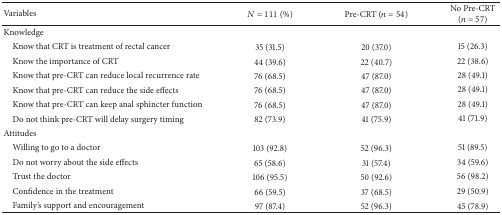
<table><thead><tr><td><b>Variables</b></td><td><b><i>N</i> = 111 (%)</b></td><td><b> Pre-CRT (<i>n</i> = 54)</b></td><td><b>No Pre-CRT (<i>n</i> = 57)</b></td></tr></thead><tbody><tr><td>Knowledge</td><td> </td><td> </td><td> </td></tr><tr><td> Know that CRT is treatment of rectal cancer</td><td>35 (31.5)</td><td>20 (37.0)</td><td>15 (26.3)</td></tr><tr><td> Know the importance of CRT</td><td>44 (39.6)</td><td>22 (40.7)</td><td>22 (38.6)</td></tr><tr><td> Know that pre-CRT can reduce local recurrence rate</td><td>76 (68.5)</td><td>47 (87.0)</td><td>28 (49.1)</td></tr><tr><td> Know that pre-CRT can reduce the side effects</td><td>76 (68.5)</td><td>47 (87.0)</td><td>28 (49.1)</td></tr><tr><td> Know that pre-CRT can keep anal sphincter function</td><td>76 (68.5)</td><td>47 (87.0)</td><td>28 (49.1)</td></tr><tr><td> Do not think pre-CRT will delay surgery timing</td><td>82 (73.9)</td><td>41 (75.9)</td><td>41 (71.9)</td></tr><tr><td>Attitudes</td><td> </td><td> </td><td> </td></tr><tr><td> Willing to go to a doctor</td><td>103 (92.8)</td><td>52 (96.3)</td><td>51 (89.5)</td></tr><tr><td> Do not worry about the side effects</td><td>65 (58.6)</td><td>31 (57.4)</td><td>34 (59.6)</td></tr><tr><td> Trust the doctor</td><td>106 (95.5)</td><td>50 (92.6)</td><td>56 (98.2)</td></tr><tr><td> Confidence in the treatment</td><td>66 (59.5)</td><td>37 (68.5)</td><td>29 (50.9)</td></tr><tr><td> Family&#x27;s support and encouragement</td><td>97 (87.4)</td><td>52 (96.3)</td><td>45 (78.9)</td></tr></tbody></table>